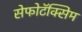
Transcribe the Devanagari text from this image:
सेफोटॅक्सिम